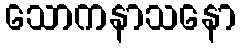
သောကနာသနော